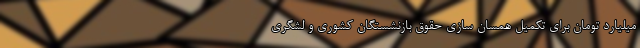
میلیارد تومان برای تکمیل همسان سازی حقوق بازنشستگان کشوری و لشگری